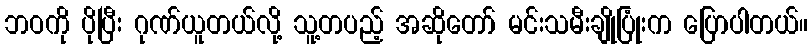
ဘဝကို ပိုပြီး ဂုဏ်ယူတယ်လို့ သူ့တပည့် အဆိုတော် မင်းသမီးချိုပြုံးက ပြောပါတယ်။